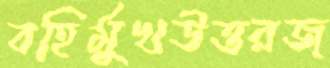
বহির্মুখউত্তরজ